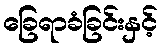
ခြေရာခံခြင်းနှင့်